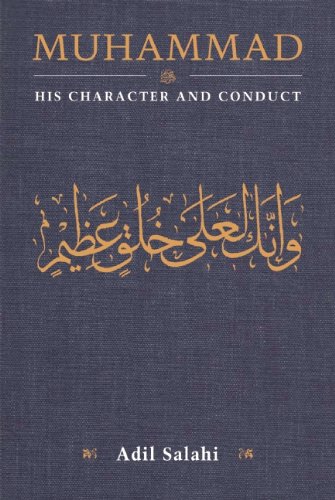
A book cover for Muhammad: His Character and Conduct; Adil Salahi; Religion & Spirituality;